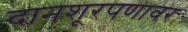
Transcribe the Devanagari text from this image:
दानशूरपणावर